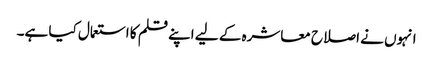
انہوں نے اصلاح معاشرہ کے لیے اپنے قلم کا استعمال کیا ہے۔